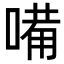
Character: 𠻋